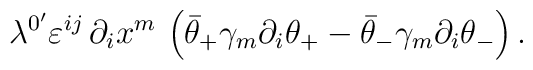
\lambda ^{0^{\prime }}\varepsilon ^{ij}\,\partial _ix^m\,\left( \bar{\theta}_{+}\gamma _m\partial _i\theta _{+}-\bar{\theta}_{-}\gamma _m\partial_i\theta _{-}\right) .  \nonumber